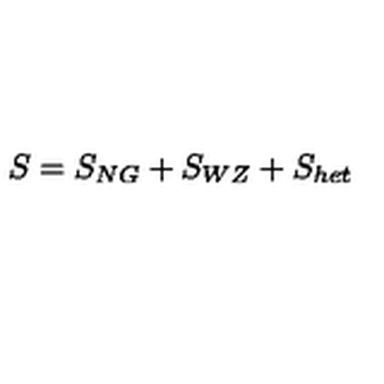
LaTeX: S = S _ { N G } + S _ { W Z } + S _ { h e t }